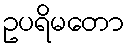
ဥပရိမတော